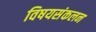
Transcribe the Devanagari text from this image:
विषयसंकलन